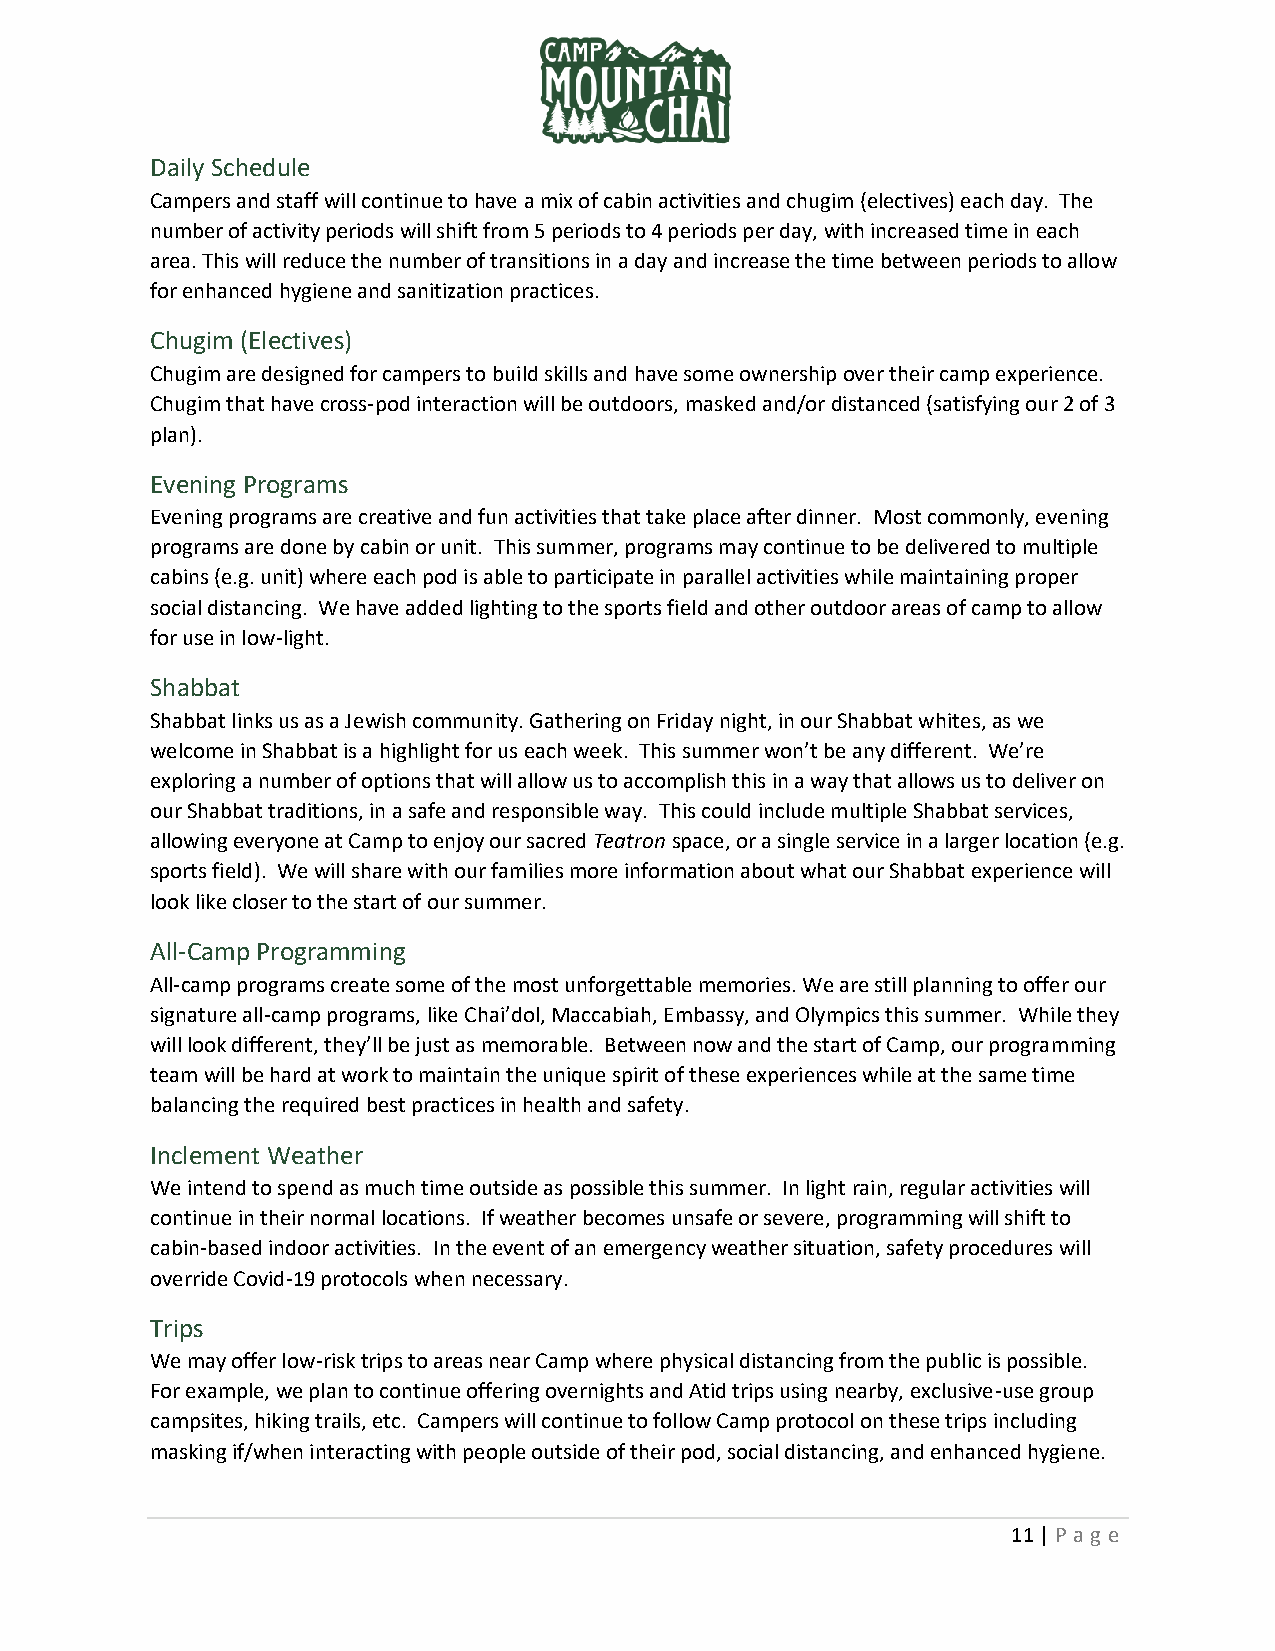
Daily Schedule
 Campers and staff will continue to have a mix of cabin activities and chugim (electives) each day. The
 number of activity periods will shift from 5 periods to 4 periods per day, with increased time in each
 area. This will reduce the number of transitions in a day and increase the time between periods to allow
 for enhanced hygiene and sanitization practices.
 Chugim (Electives)
 Chugim are designed for campers to build skills and have some ownership over their camp experience.
 Chugim that have cross-pod interaction will be outdoors, masked and/or distanced (satisfying our 2 of 3
 plan).
 Evening Programs
 Evening programs are creative and fun activities that take place after dinner. Most commonly, evening
 programs are done by cabin or unit. This summer, programs may continue to be delivered to multiple
 cabins (e.g. unit) where each pod is able to participate in parallel activities while maintaining proper
 social distancing. We have added lighting to the sports field and other outdoor areas of camp to allow
 for use in low-light.
 Shabbat
 Shabbat links us as a Jewish community. Gathering on Friday night, in our Shabbat whites, as we
 welcome in Shabbat is a highlight for us each week. This summer won’t be any different. We’re
 exploring a number of options that will allow us to accomplish this in a way that allows us to deliver on
 our Shabbat traditions, in a safe and responsible way. This could include multiple Shabbat services,
 allowing everyone at Camp to enjoy our sacred Teatron space, or a single service in a larger location (e.g.
 sports field). We will share with our families more information about what our Shabbat experience will
 look like closer to the start of our summer.
 All-Camp Programming
 All-camp programs create some of the most unforgettable memories. We are still planning to offer our
 signature all-camp programs, like Chai’dol, Maccabiah, Embassy, and Olympics this summer. While they
 will look different, they’ll be just as memorable. Between now and the start of Camp, our programming
 team will be hard at work to maintain the unique spirit of these experiences while at the same time
 balancing the required best practices in health and safety.
 Inclement Weather
 We intend to spend as much time outside as possible this summer. In light rain, regular activities will
 continue in their normal locations. If weather becomes unsafe or severe, programming will shift to
 cabin-based indoor activities. In the event of an emergency weather situation, safety procedures will
 override Covid-19 protocols when necessary.
 Trips
 We may offer low-risk trips to areas near Camp where physical distancing from the public is possible.
 For example, we plan to continue offering overnights and Atid trips using nearby, exclusive-use group
 campsites, hiking trails, etc. Campers will continue to follow Camp protocol on these trips including
 masking if/when interacting with people outside of their pod, social distancing, and enhanced hygiene.
 11 | P ag e